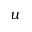
u